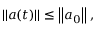
\left| \left| \boldsymbol { a } ( t ) \right| \right| \leq \left| \left| \boldsymbol { a } _ { 0 } \right| \right| ,